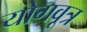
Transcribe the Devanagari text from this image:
योगवूत्र